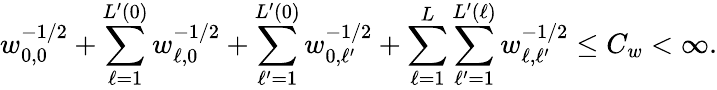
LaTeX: w_{0,0}^{-1/2}+\sum_{\ell=1}^{L^{\prime}(0)}w_{\ell,0}^{-1/2}+\sum_{\ell^{\prime}=1}^{L^{\prime}(0)}w_{0,\ell^{\prime}}^{-1/2}+\sum_{\ell=1}^{L}\sum_{\ell^{\prime}=1}^{L^{\prime}(\ell)}w_{\ell,\ell^{\prime}}^{-1/2}\le C_{w}<\infty.